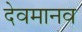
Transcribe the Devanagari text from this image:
देवमानव